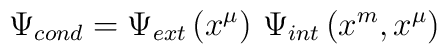
\Psi _{cond}=\Psi _{ext}\left( x^{\mu }\right) \,\Psi _{int}\left(x^{m},x^{\mu }\right)